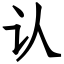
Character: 认